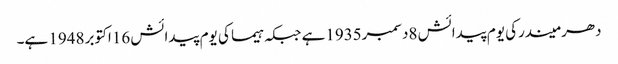
دھرمیندرکی یوم پیدائش 8دسمبر1935ہے جبکہ ہیما کی یوم پیدائش 16اکتوبر 1948 ہے۔